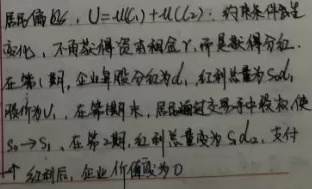
居民偏好，\(U = u(c_{1})+u(c_{2})\)。约束条件发生变化，居民不再获得投资租金，而是获得分红。在第1期，企业单股分红为\(d_{1}\)，红利总量为\(S_{0}d_{1}\)。作为\(U\)，在期末，居民通过交易手中股票，使\(S_{0}\to S_{1}\)。在第2期，红利总量变为\(S_{1}d_{2}\)，支付红利后，企业价值变为0。